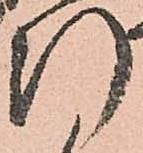
断